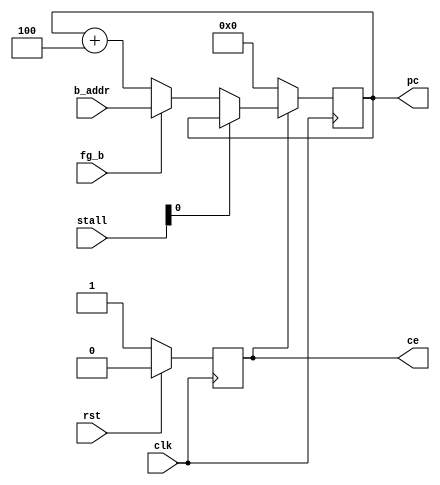
module pc_reg(clk, rst, stall, fg_b, b_addr, pc, ce);
input wire clk, rst, fg_b;
input wire[5:0] stall;
input wire[31:0] b_addr;
output reg[31:0] pc;
output reg ce;
	
	always @(posedge clk)
	begin
		if(ce == 1'b0) begin pc <= 32'h00000000; end
		else if(stall[0] == 1'b0)
		begin
			pc <= fg_b == 1'b1 ? 
b_addr : pc + 4'h4;

		end

		ce <= rst == 1'b1 ? 1'b0 : 1'b1;
	end

endmodule